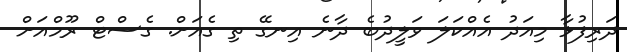
ދަރިފުޅާ މިއަދު އެއްކަލަ ވަލީދުބެ ދާނެ އިނގޭ ތި ގެއަށް. ގެސްޓް ރޫމްއަށް